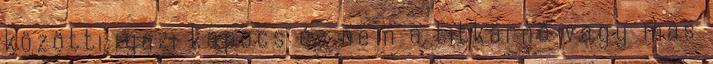
közötti igazi kapocs és nem a titkárnő vagy más